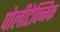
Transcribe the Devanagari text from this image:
पोलीटेक्निक